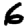
Digit: 6